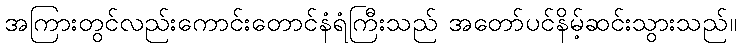
အကြားတွင်လည်းကောင်းတောင်နံရံကြီးသည် အတော်ပင်နိမ့်ဆင်းသွားသည်။